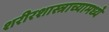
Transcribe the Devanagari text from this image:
शरीरशास्त्राच्यामध्ये